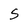
Character: S